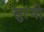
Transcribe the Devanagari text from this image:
सुत्यो